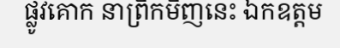
ផ្លូវគោក នាព្រឹកមិញនេះ ឯកឧត្តម